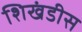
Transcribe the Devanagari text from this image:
शिखंडीस